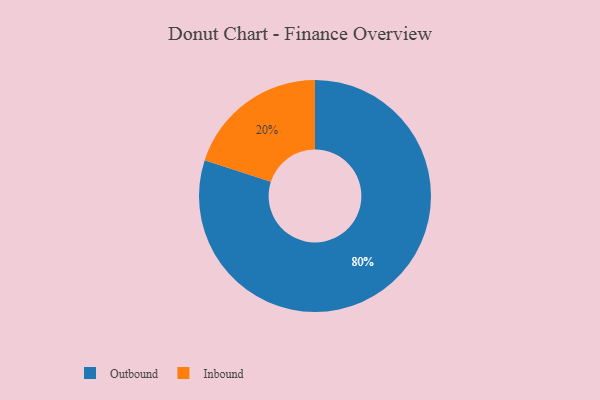
{"axis": {"x": "Category", "y": "Percentage"}, "legend": ["Inbound", "Outbound"], "data": [{"x": "Inbound", "y": 20, "type": "Inbound"}, {"x": "Outbound", "y": 80, "type": "Outbound"}]}